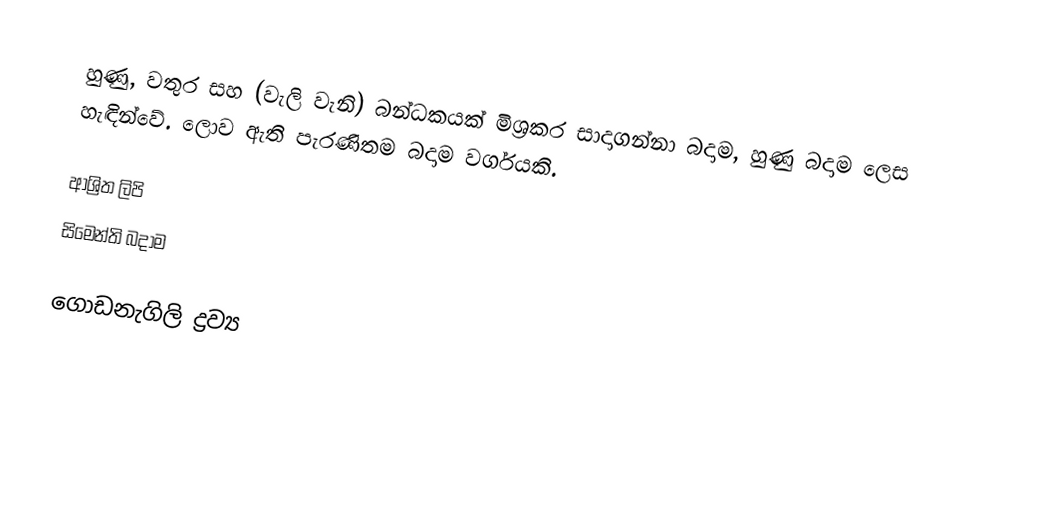
හුණු, වතුර සහ (වැලි වැනි) බන්ධකයක් මිශ්‍රකර සාදාගන්නා බදාම, හුණු බදාම ලෙස හැඳින්වේ. ලොව ඇති පැරණිතම බදාම වර්ගයකි.

ආශ්‍රිත ලිපි
 සිමෙන්ති බදාම

ගොඩනැගිලි ද්‍රව්‍ය